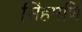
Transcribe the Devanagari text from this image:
सिंहमणि